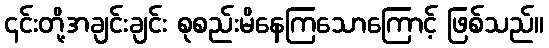
၎င်းတို့အချင်းချင်း စုစည်းမိနေကြသောကြောင့် ဖြစ်သည်။